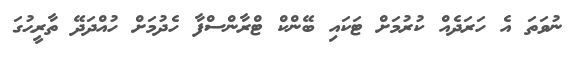
ނުވަތަ އެ ހަރަދެއް ކުރުމަށް ޓަކައި ބޭންކް ޓްރާންސްފާ ހެދުމަށް ހުއްދަދޭ ތާރީޙުގަ